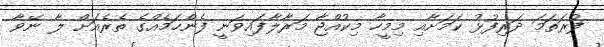
ފުރަތަމަ ދަރިފުޅު ކަމަށާއި މިމީހާ މިކުއްޖާ މަރާލާފައިވަނީ ފެންހަމެއްގެ ތެރެއަށް ލާ ނޭވާ